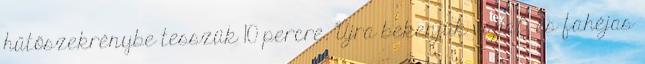
hűtőszekrénybe tesszük 10 percre. Újra bekenjük vajjal, és fahéjas